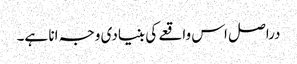
دراصل اس واقعے کی بنیادی وجہ انا ہے۔